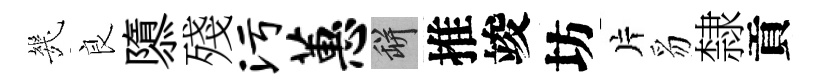
㡬良隳殘污蕙瓶推竣坊片豸隸貢